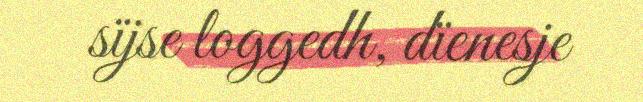
sïjse loggedh, dïenesje